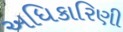
અધિકારિણી